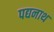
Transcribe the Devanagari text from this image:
पद्यनाथ